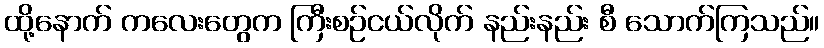
ထို့နောက် ကလေးတွေက ကြီးစဉ်ငယ်လိုက် နည်းနည်း စီ သောက်ကြသည်။